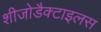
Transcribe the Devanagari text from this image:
शीजोडैक्टाइलस